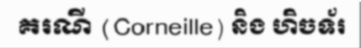
គរណី (Corneille) និង ហិចទ័រ